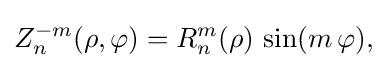
Z_{n}^{-m}(\rho ,\varphi )=R_{n}^{m}(\rho )\,\sin(m\,\varphi ),\!